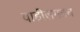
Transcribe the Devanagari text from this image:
वाडीलगतच